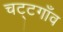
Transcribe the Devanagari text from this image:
चट्टगाँव